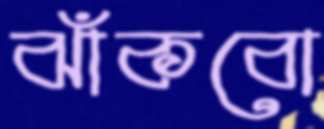
ঝাঁকবো